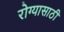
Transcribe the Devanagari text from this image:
रोग्यासाठी